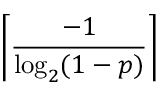
\left\lceil { \frac { - 1 } { \log _ { 2 } ( 1 - p ) } } \right\rceil